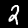
Digit: 2